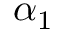
\alpha _ { 1 }